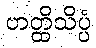
ဟတ္ထိသိပ္ပံ